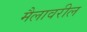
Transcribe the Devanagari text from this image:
मैलावरील